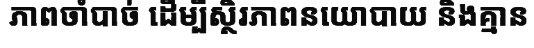
ភាពចាំបាច់ ដើម្បីស្ថិរភាពនយោបាយ និងគ្មាន